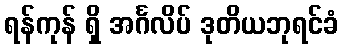
ရန်ကုန် ရှိ အင်္ဂလိပ် ဒုတိယဘုရင်ခံ